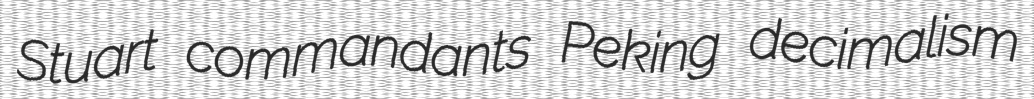
Stuart commandants Peking decimalism